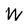
Character: W